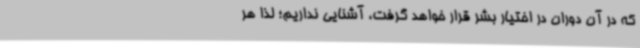
که در آن دوران در اختیار بشر قرار خواهد گرفت، آشنایی نداریم؛ لذا هر